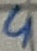
Text: 4